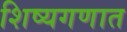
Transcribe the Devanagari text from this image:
शिष्यगणात